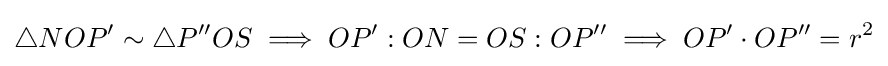
\triangle NOP^{\prime }\sim \triangle P^{\prime \prime }OS\implies OP^{\prime }:ON=OS:OP^{\prime \prime }\implies OP^{\prime }\cdot OP^{\prime \prime }=r^{2}